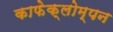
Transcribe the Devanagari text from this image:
काफेक्लोम्पन